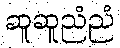
ဆူဆူညံညံ